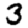
Digit: 3